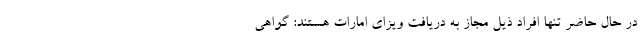
در حال حاضر تنها افراد ذیل مجاز به دریافت ویزای امارات هستند: گواهی